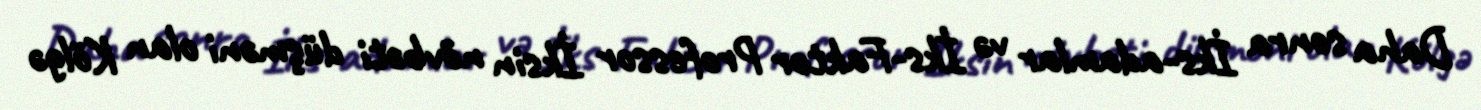
Daha sonra İks-adamlar və İks-Faktor Professor İksin növbəti düşməni olan Kölgə